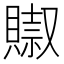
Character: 𧷌